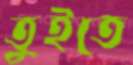
তুইতে